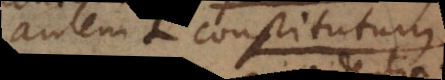
Seu constitutum